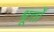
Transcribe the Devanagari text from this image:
धूर्त्तों